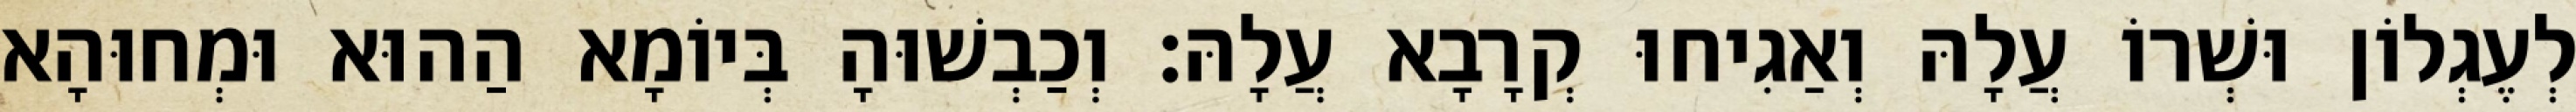
לְעֶגְלוֹן וּשְׁרוֹ עֲלָהּ וְאַגִיחוּ קְרָבָא עֲלָהּ׃ וְכַבְשׁוּהָ בְּיוֹמָא הַהוּא וּמְחוּהָא